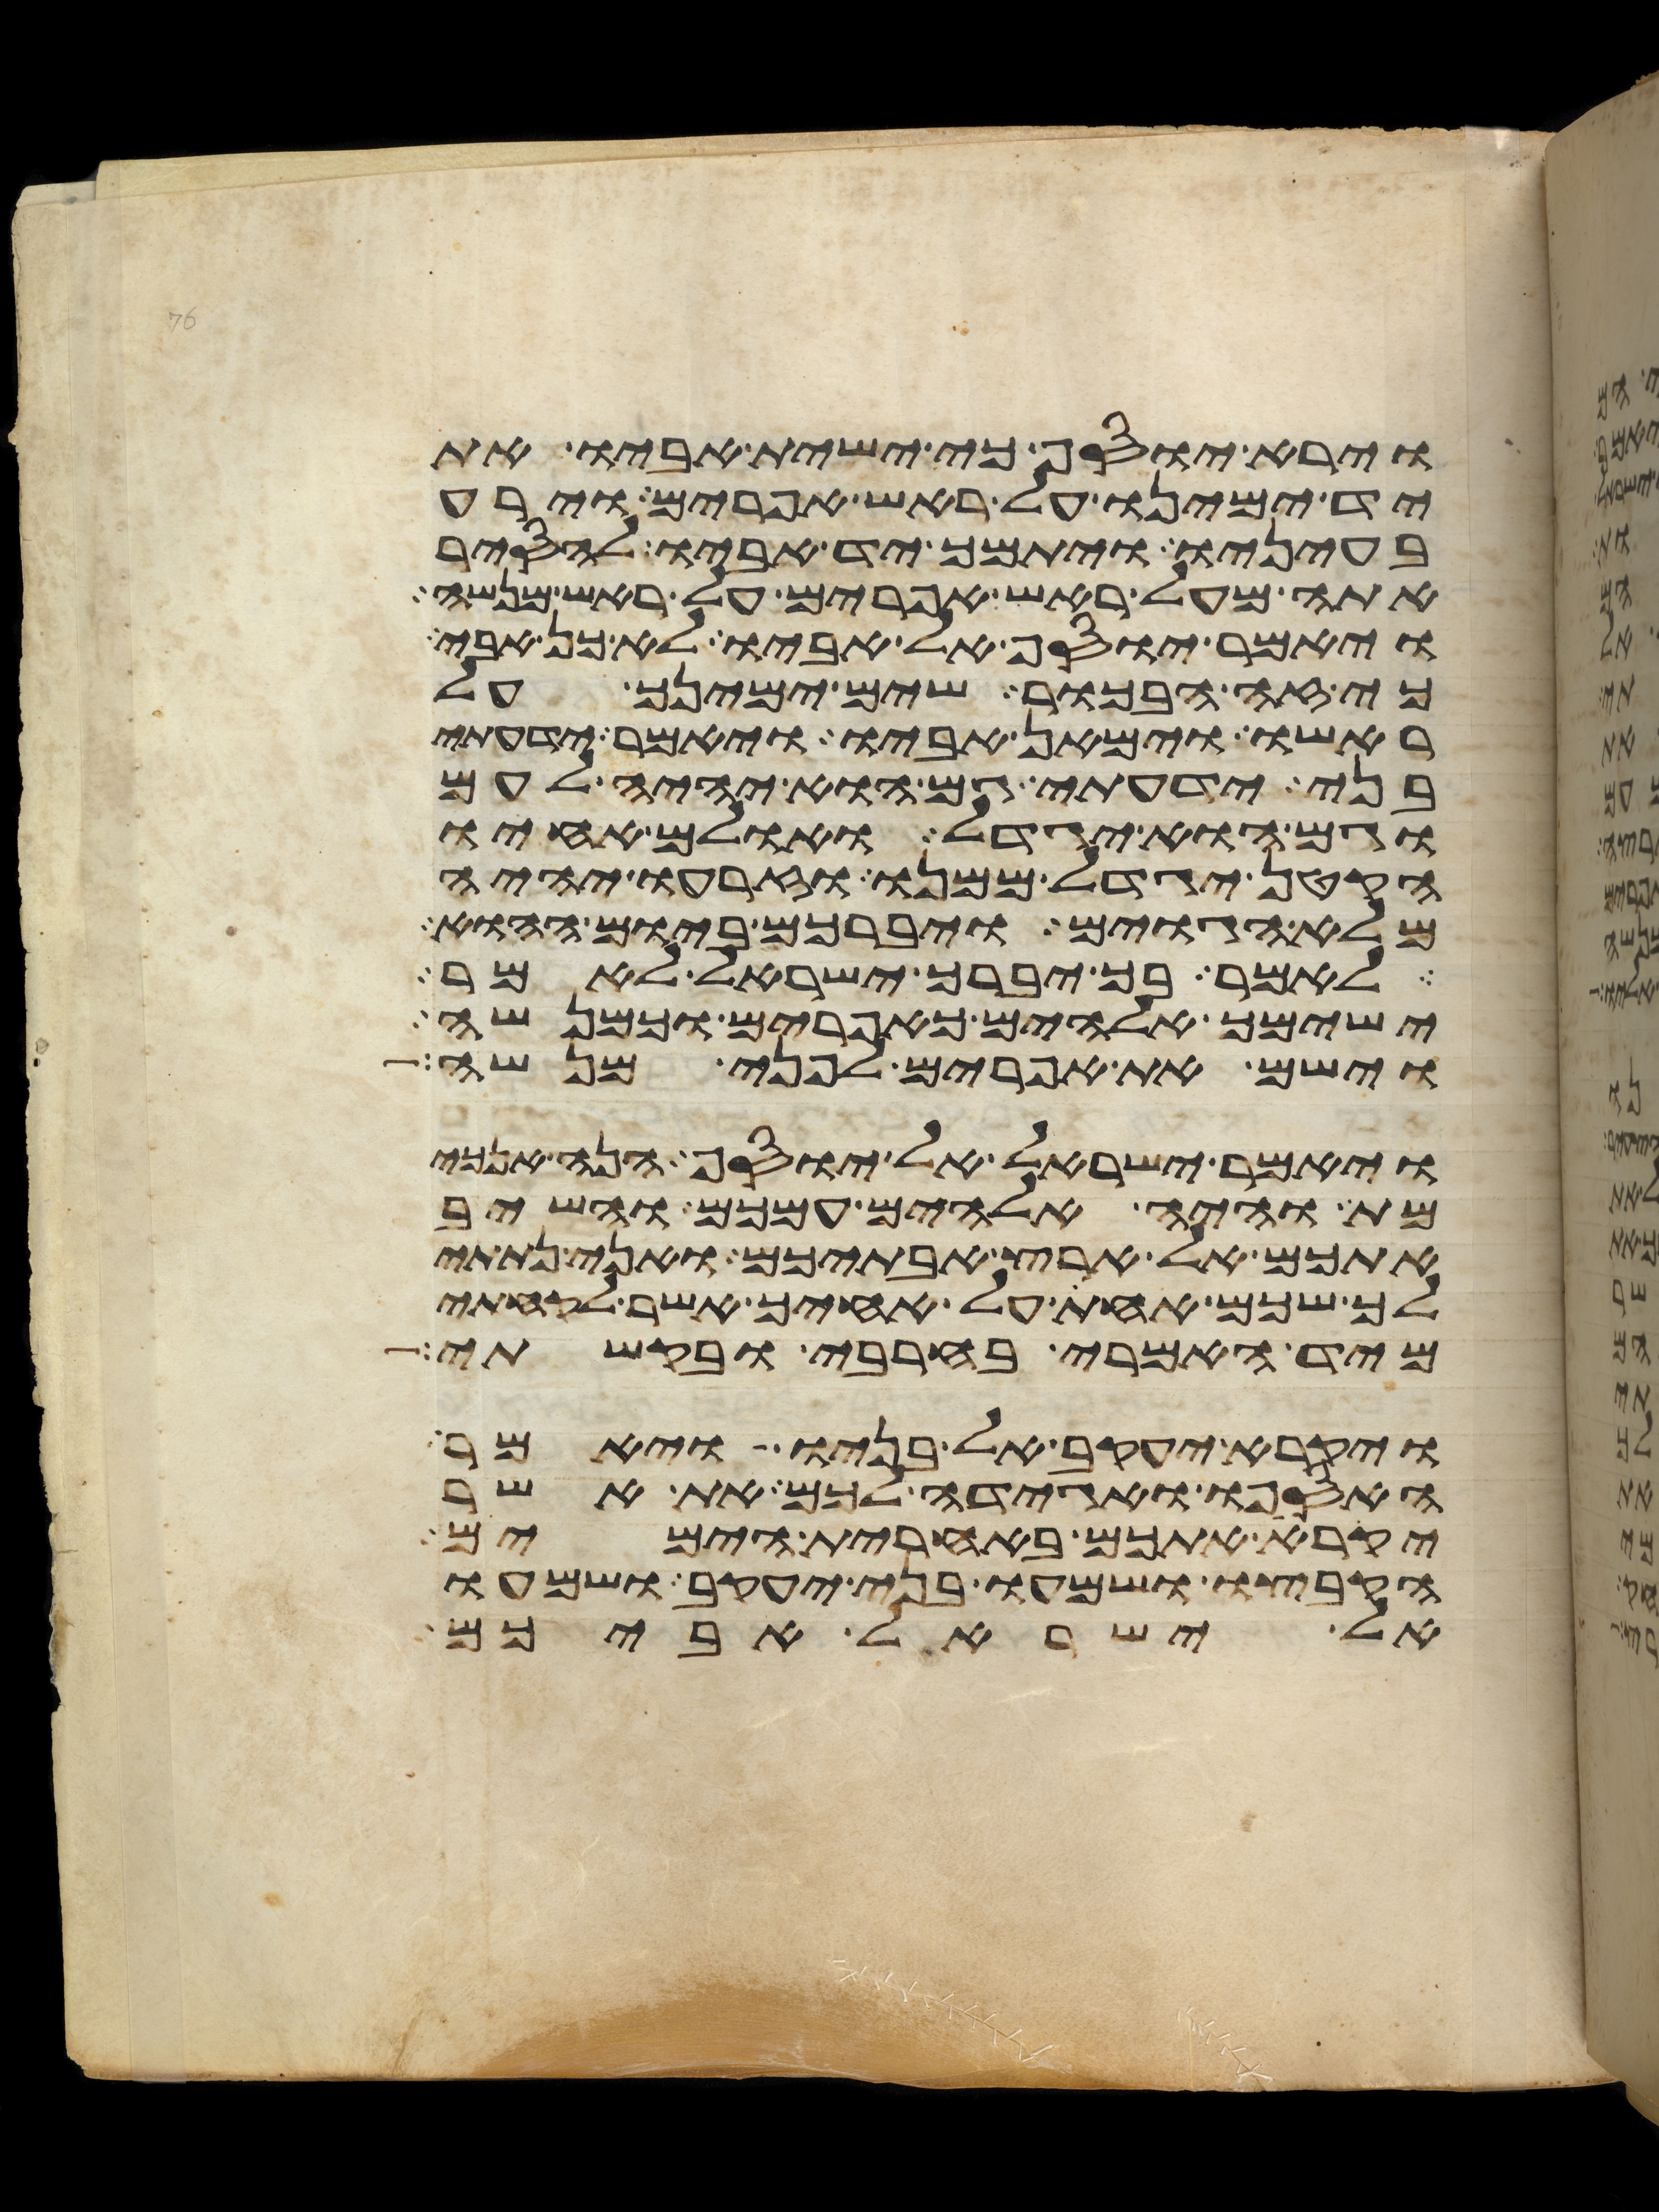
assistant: וירא יוסף כי ישית אביו את
יד ימינו על ראש אפרים וירע
בעיניו ויתמך יד אביו להסיר
אתה מעל ראש אפרים על ראש מנשה
ויאמר יוסף אל אביו לא כן אבי
כי זה הבכור שים ימינך על
ראשו וימאן אביו ויאמר ידעתי
בני ידעתי גם הוא יהיה לעם
וגם הוא יגדל ואולם אחיו
הקטן יגדל ממנו וזרעו יהיה
מלא הגוים ויברכם ביום ההוא
לאמר בך יברך ישראל לאמר
ישימך אלהים כאפרים וכמנשה
וישם את אפרים לפני מנשה
ויאמר ישראל אל יוסף הנה אנכי
מת והיה אלהים עמכם והשיב
אתכם אל ארץ אבתיכם ואני נתתי
לך שכם אחת על אחיך אשר לקחתי
מיד האמרי בחרבי ובקשתי
ויקרא יעקב אל בניו ויאמר
האספו ואגידה לכם את אשר
יקרא אתכם באחרית הימים
הקבצו ושמעו בני יעקב ושמעו
אל ישראל אביכם